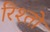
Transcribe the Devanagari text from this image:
रिश्‍तों